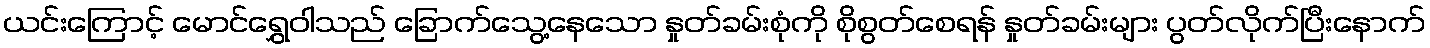
ယင်းကြောင့် မောင်ရွှေဝါသည် ခြောက်သွေ့နေသော နှုတ်ခမ်းစုံကို စိုစွတ်စေရန် နှုတ်ခမ်းများ ပွတ်လိုက်ပြီးနောက်